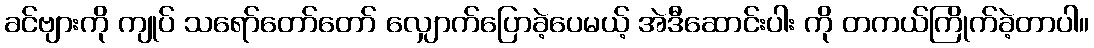
ခင်ဗျားကို ကျုပ် သရော်တော်တော် လျှောက်ပြောခဲ့ပေမယ့် အဲဒီဆောင်းပါး ကို တကယ်ကြိုက်ခဲ့တာပါ။